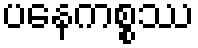
ပနေကစ္စဿ